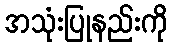
အသုံးပြုနည်းကို